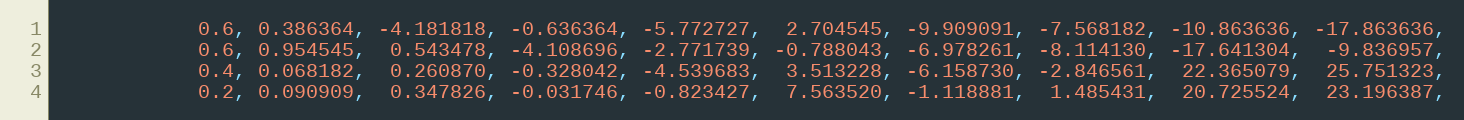
Language: C++
            0.6, 0.386364, -4.181818, -0.636364, -5.772727,  2.704545, -9.909091, -7.568182, -10.863636, -17.863636,
            0.6, 0.954545,  0.543478, -4.108696, -2.771739, -0.788043, -6.978261, -8.114130, -17.641304,  -9.836957,
            0.4, 0.068182,  0.260870, -0.328042, -4.539683,  3.513228, -6.158730, -2.846561,  22.365079,  25.751323,
            0.2, 0.090909,  0.347826, -0.031746, -0.823427,  7.563520, -1.118881,  1.485431,  20.725524,  23.196387,